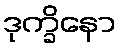
ဒုက္ခိနော